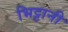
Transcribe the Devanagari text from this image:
भिट्टानी